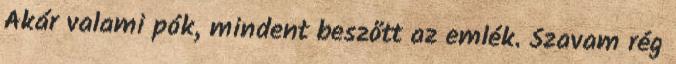
Akár valami pók, mindent beszőtt az emlék. Szavam rég